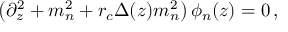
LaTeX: \left( \partial _ { z } ^ { 2 } + m _ { n } ^ { 2 } + r _ { c } \Delta ( z ) m _ { n } ^ { 2 } \right) \phi _ { n } ( z ) = 0 \, ,